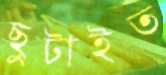
ছুটাইত